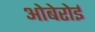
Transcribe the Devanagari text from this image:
ओबेरोई